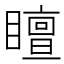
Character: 䁴